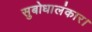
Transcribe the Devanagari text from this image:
सुबोधालंकार।